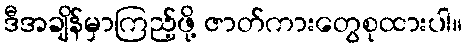
ဒီအချိန်မှာကြည့်ဖို့ ဇာတ်ကားတွေစုထားပါ။